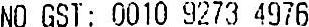
NO GST: 0010 9273 4976